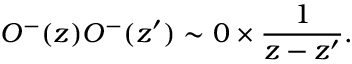
{ \cal O } ^ { - } ( z ) { \cal O } ^ { - } ( z ^ { \prime } ) \sim 0 \times \frac { 1 } { z - z ^ { \prime } } .